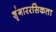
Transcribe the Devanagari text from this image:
शृंगाररसिकता